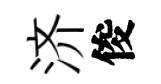
济俊